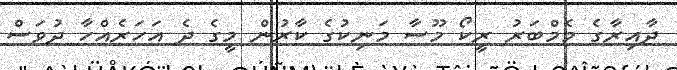
ދާއިރާގެ މެމްބަރު ރީކޯ މޫސާ މަނިކުގެ ކާރުން މީގެ ދެ އަހަރެއްހާ ދުވަސް